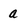
Character: a